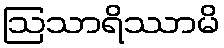
ဩသာရိဿာမိ